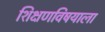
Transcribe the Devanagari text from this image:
शिक्षणविषयाला